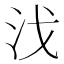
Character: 㳀